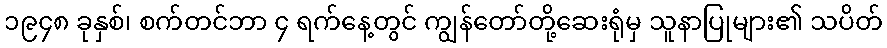
၁၉၄၈ ခုနှစ်၊ စက်တင်ဘာ ၄ ရက်နေ့တွင် ကျွန်တော်တို့ဆေးရုံမှ သူနာပြုများ၏ သပိတ်